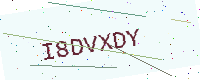
Text: I8DVXDY